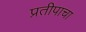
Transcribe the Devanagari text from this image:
प्रतीपाचा